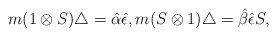
\begin{gather*}m(1\otimes{S})\bigtriangleup={\hat{\alpha}}{\hat{\epsilon}},m({S}\otimes 1)\bigtriangleup={\hat{\beta}}{\hat{\epsilon}}{S},\end{gather*}